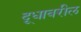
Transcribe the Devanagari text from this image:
दूधावरील